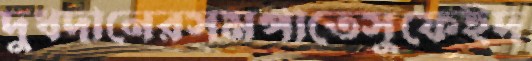
দুধদানেরসমপাতেসুফেইদ